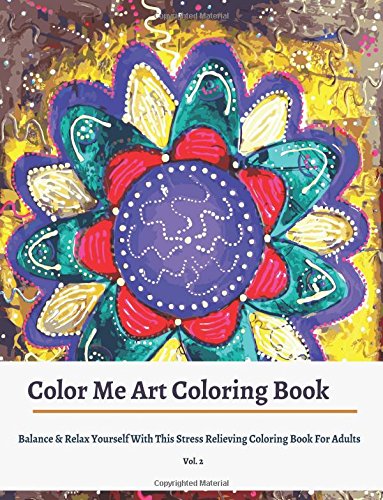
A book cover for Colorama Adult Coloring Books: Balance & Relax with This Stress Relieving Coloring Books For Adults (Colorama Coloring Books For Adults ) (Volume 2); Coloring Books For Adults; Arts & Photography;